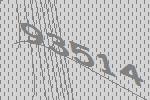
93514